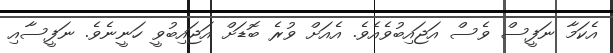
އެކަމާ ނަފީސް ވެސް އަޖައިބުވެއެވެ. އެއަށް ވުރެ ބޮޑަށް އަޖައިބުވީ ހަނީނެވެ. ނަފީސާއި